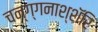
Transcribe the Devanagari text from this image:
चन्ग्गनाश्शॅरि